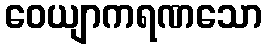
ဝေယျာကရဏသော